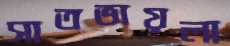
সাতভায়লা